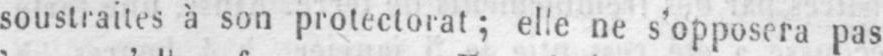
soustraites à son protectorat; elle ne s’opposera pas